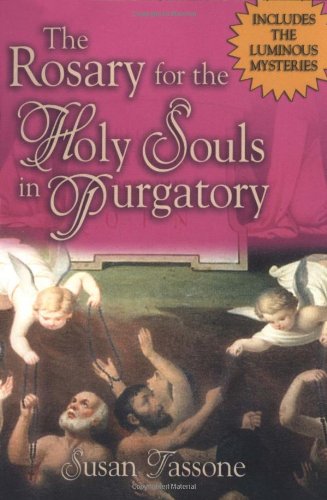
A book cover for The Rosary for the Holy Souls in Purgatory; Susan Tassone; Christian Books & Bibles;